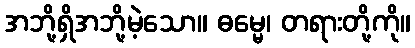
အဘို့ရှိအဘို့မဲ့သော။ ဓမ္မေ၊ တရားတို့ကို။